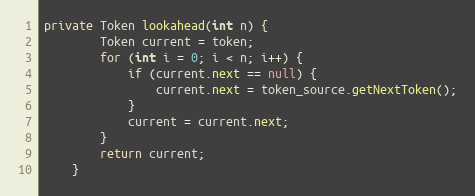
Language: Java
private Token lookahead(int n) {
        Token current = token;
        for (int i = 0; i < n; i++) {
            if (current.next == null) {
                current.next = token_source.getNextToken();
            }
            current = current.next;
        }
        return current;
    }